Scottish Leaving Certificate Examination, 1958
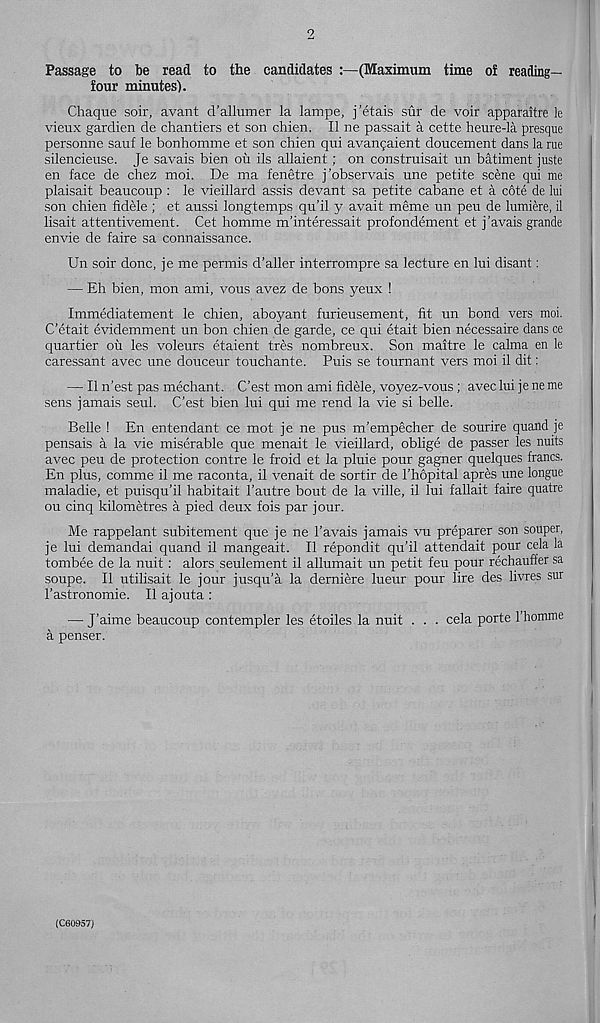
2
Passage to be read to the candidates :—(Maximum time of reading-
four minutes).
Cheque soir, avant d’allumer la lampe, j’etais sur de voir apparaitre le
vieux gardien de chantiers et son chien. II ne passait a cette heure-la presque
personne sauf le bonhomme et son chien qui avanqaient doucement dans la rue
silencieuse. Je savais bien ou ils allaient; on construisait un batiment juste
en face de chez moi. De ma fenetre j’observais une petite scene qui me
plaisait beaucoup : le vieillard assis devant sa petite cabane et a cote de lui
son chien fidele ; et aussi longtemps qu’il y avait meme un peu de lumiere, il
lisait attentivement. Cet homme m’interessait profondement et j’avais grande
envie de faire sa connaissance.
Un soir done, je me permis d’aller interrompre sa lecture en lui disant:
— Eh bien, mon ami, vous avez de bons yeux !
Immediatement le chien, aboyant furieusement, fit un bond vers moi.
C’etait evidemment un bon chien de garde, ce qui etait bien necessaire dans ce
quartier ou les voleurs etaient tres nombreux. Son maitre le calma en le
caressant avec une douceur touchante. Puis se tournant vers moi il dit:
— Il n’est pas mechant. C’est mon ami fidele, voyez-vous; aveclui jeneme
sens jamais seul. C’est bien lui qui me rend la vie si belle.
Belle ! En entendant ce mot je ne pus m’empecher de sourire quand je
pensais a la vie miserable que menait le vieillard, oblige de passer les nuits
avec peu de protection centre le froid et la pluie pour gagner quelques francs.
En plus, comme il me raconta, il venait de sortir de I’hopital apres une longue
maladie, et puisqu’il habitait 1’autre bout de la ville, il lui fallait faire quatre
ou cinq kilometres a pied deux fois par jour.
Me rappelant subitement que je ne 1’avais jamais vu preparer son souper,
je lui demandai quand il mangeait. Il repondit qu’il attendait pour cela la
tombee de la nuit: alors seulement il allumait un petit feu pour rechauffer sa
soupe. Il utilisait le jour jusqu’a la derniere lueur pour lire des livres sur
I’astronomie. Il ajouta :
— J’aime beaucoup contempler les etoiles la nuit . . . cela porte I’homme
a penser.
(C60957)